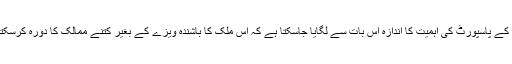
دنیا بھر کے ممالک کی پہچان ان کے پاسپورٹ سے ہی ہوتی ہے اور کسی بھی ملک کے پاسپورٹ کی اہمیت کا اندازہ اس بات سے لگایا جاسکتا ہے کہ اس ملک کا باشندہ ویزے کے بغیر کتنے ممالک کا دورہ کرسکتا ہے اور اس میں سرفہرست رہنے کا اعزاز اب تک یورپین ممالک کو ہی حاصل تھا۔